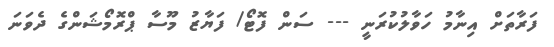
ފަރާތަށް އިނާމު ހަވާލުކުރަނީ --- ސަން ފޮޓޯ/ ފަޔާޒު މޫސާ ޕްރޮމޯޝަންގެ ދެވަނަ